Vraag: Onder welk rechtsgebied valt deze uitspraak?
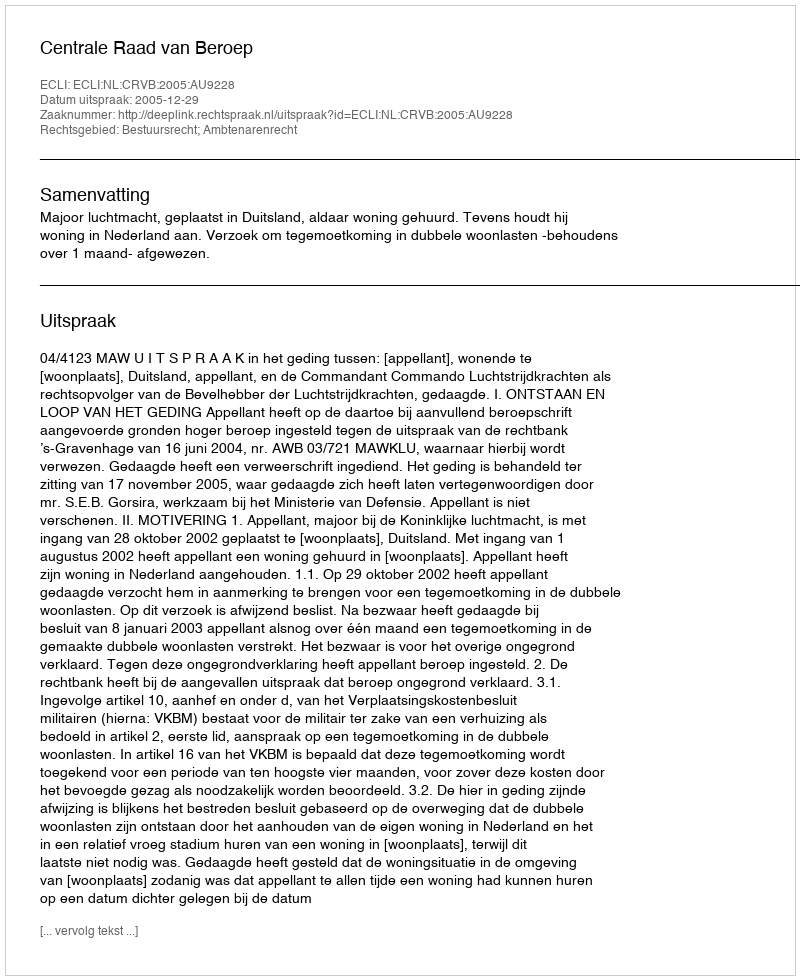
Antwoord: Bestuursrecht; Ambtenarenrecht